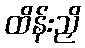
ထိန်းညှိ